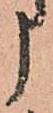
う